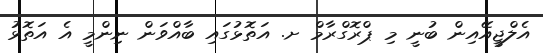
އެލްޖީއޭއިން ބުނީ މި ޕްރޮގްރާމް ށ. އަތޮޅުގައި ބާއްވަން ނިންމީ އެ އަތޮޅު